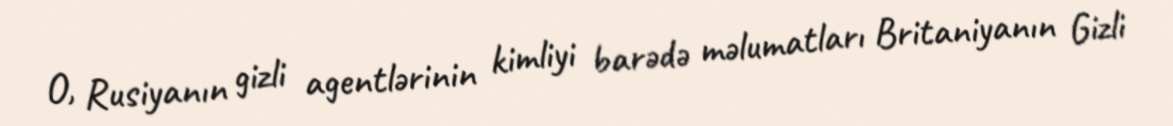
O, Rusiyanın gizli agentlərinin kimliyi barədə məlumatları Britaniyanın Gizli